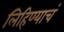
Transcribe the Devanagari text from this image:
लिहिण्याचं